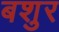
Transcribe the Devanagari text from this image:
बशुर